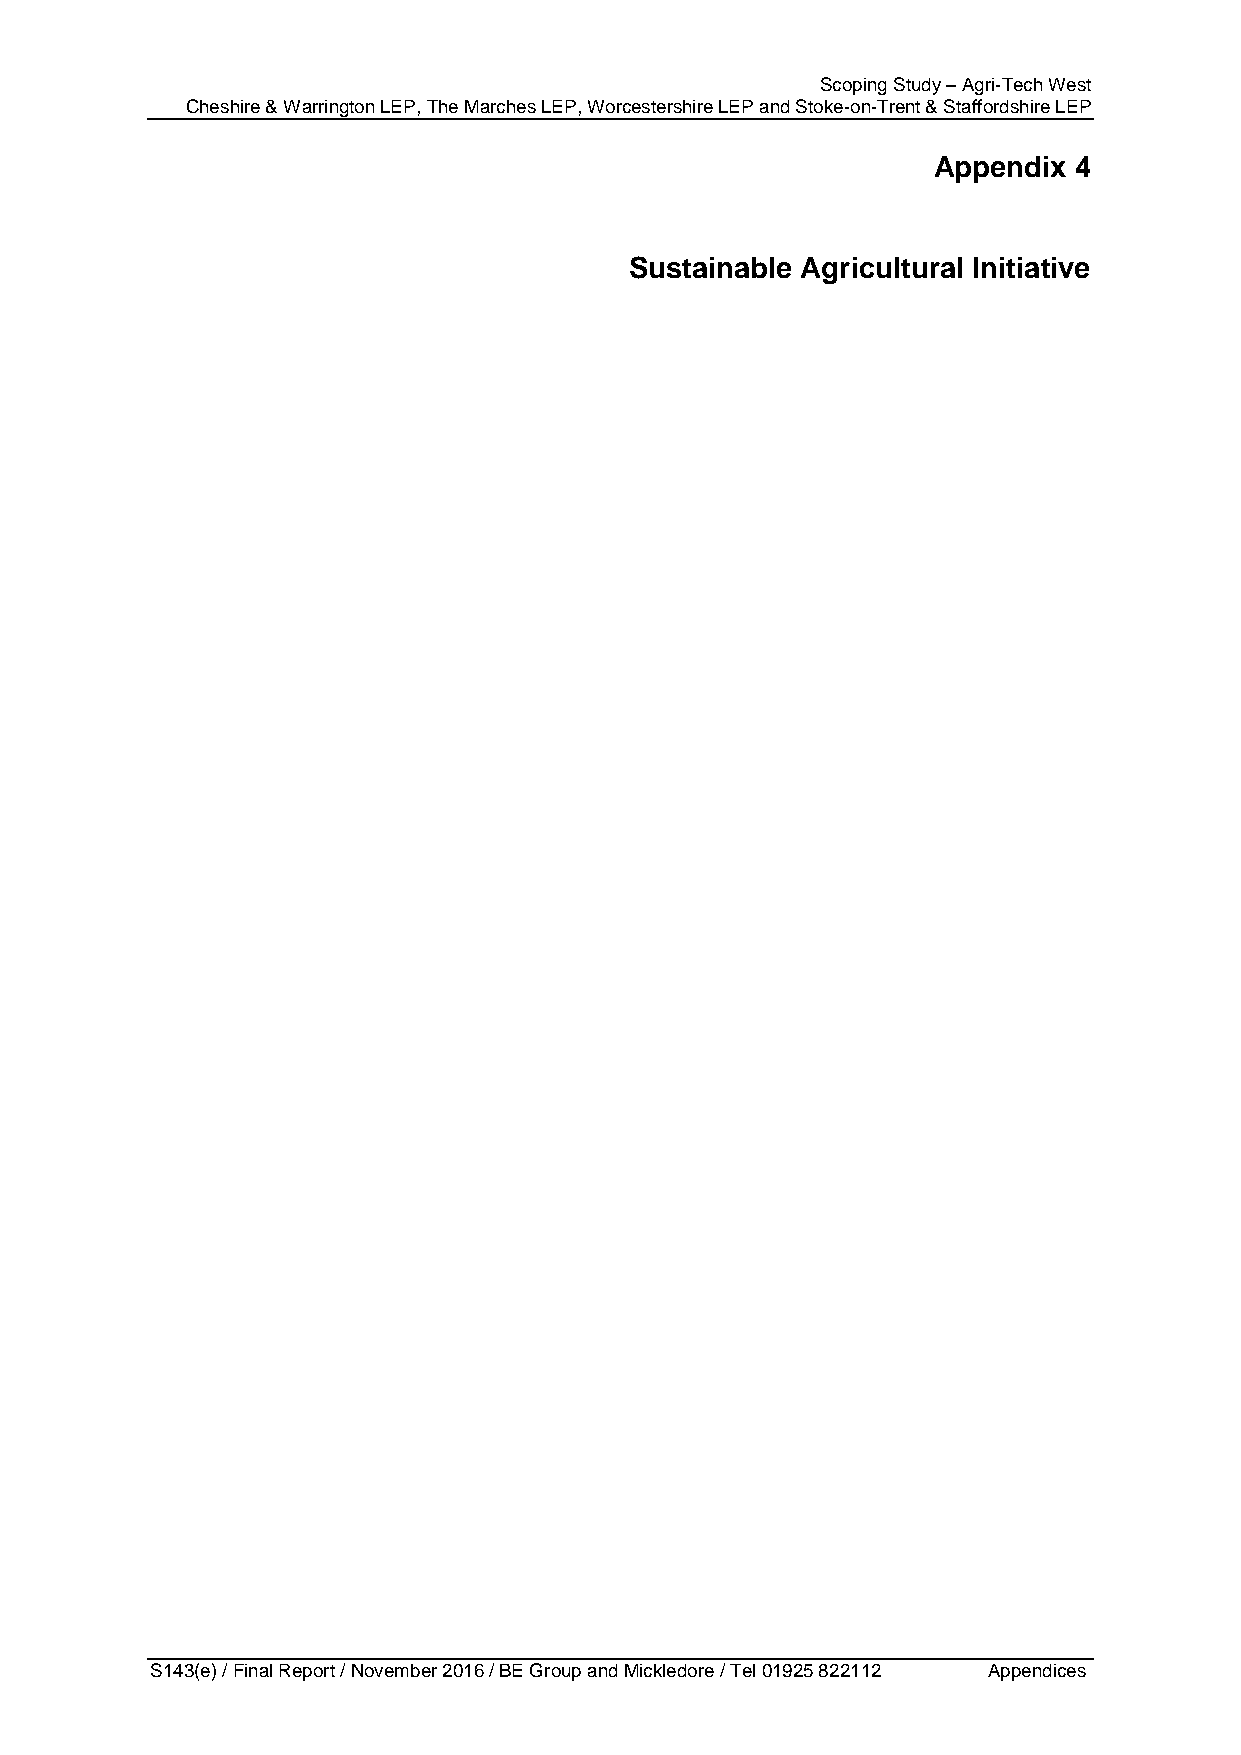
Scoping Study – Agri-Tech West
 Cheshire & Warrington LEP, The Marches LEP, Worcestershire LEP and Stoke-on-Trent & Staffordshire LEP
 Appendix 4
 Sustainable Agricultural Initiative
 S143(e) / Final Report / November 2016 / BE Group and Mickledore / Tel 01925 822112 Appendices